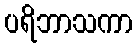
ပရိဘာသကာ